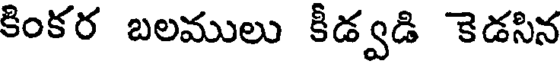
కింకర బలములు కీడ్వడి కెడసిన